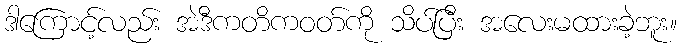
ဒါကြောင့်လည်း အဲဒီကတိကဝတ်ကို သိပ်ပြီး အလေးမထားခဲ့ဘူး။